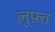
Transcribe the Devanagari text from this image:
लुफ़्त